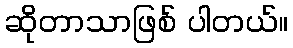
ဆိုတာသာဖြစ် ပါတယ်။